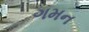
ગમન